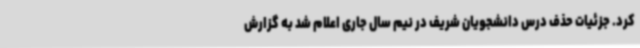
کرد. جزئیات حذف درس دانشجویان شریف در نیم سال جاری اعلام شد به گزارش